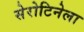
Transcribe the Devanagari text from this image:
सेरोटिनेला